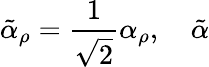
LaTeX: \tilde{\alpha}_{\rho}=\frac{1}{\sqrt{2}}\alpha_{\rho},~~~~\tilde{\alpha}